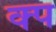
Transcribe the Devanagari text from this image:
क्प